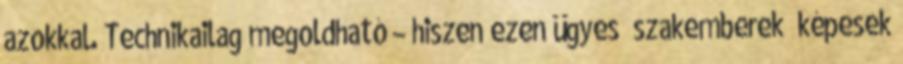
azokkal. Technikailag megoldható – hiszen ezen ügyes “szakemberek” képesek